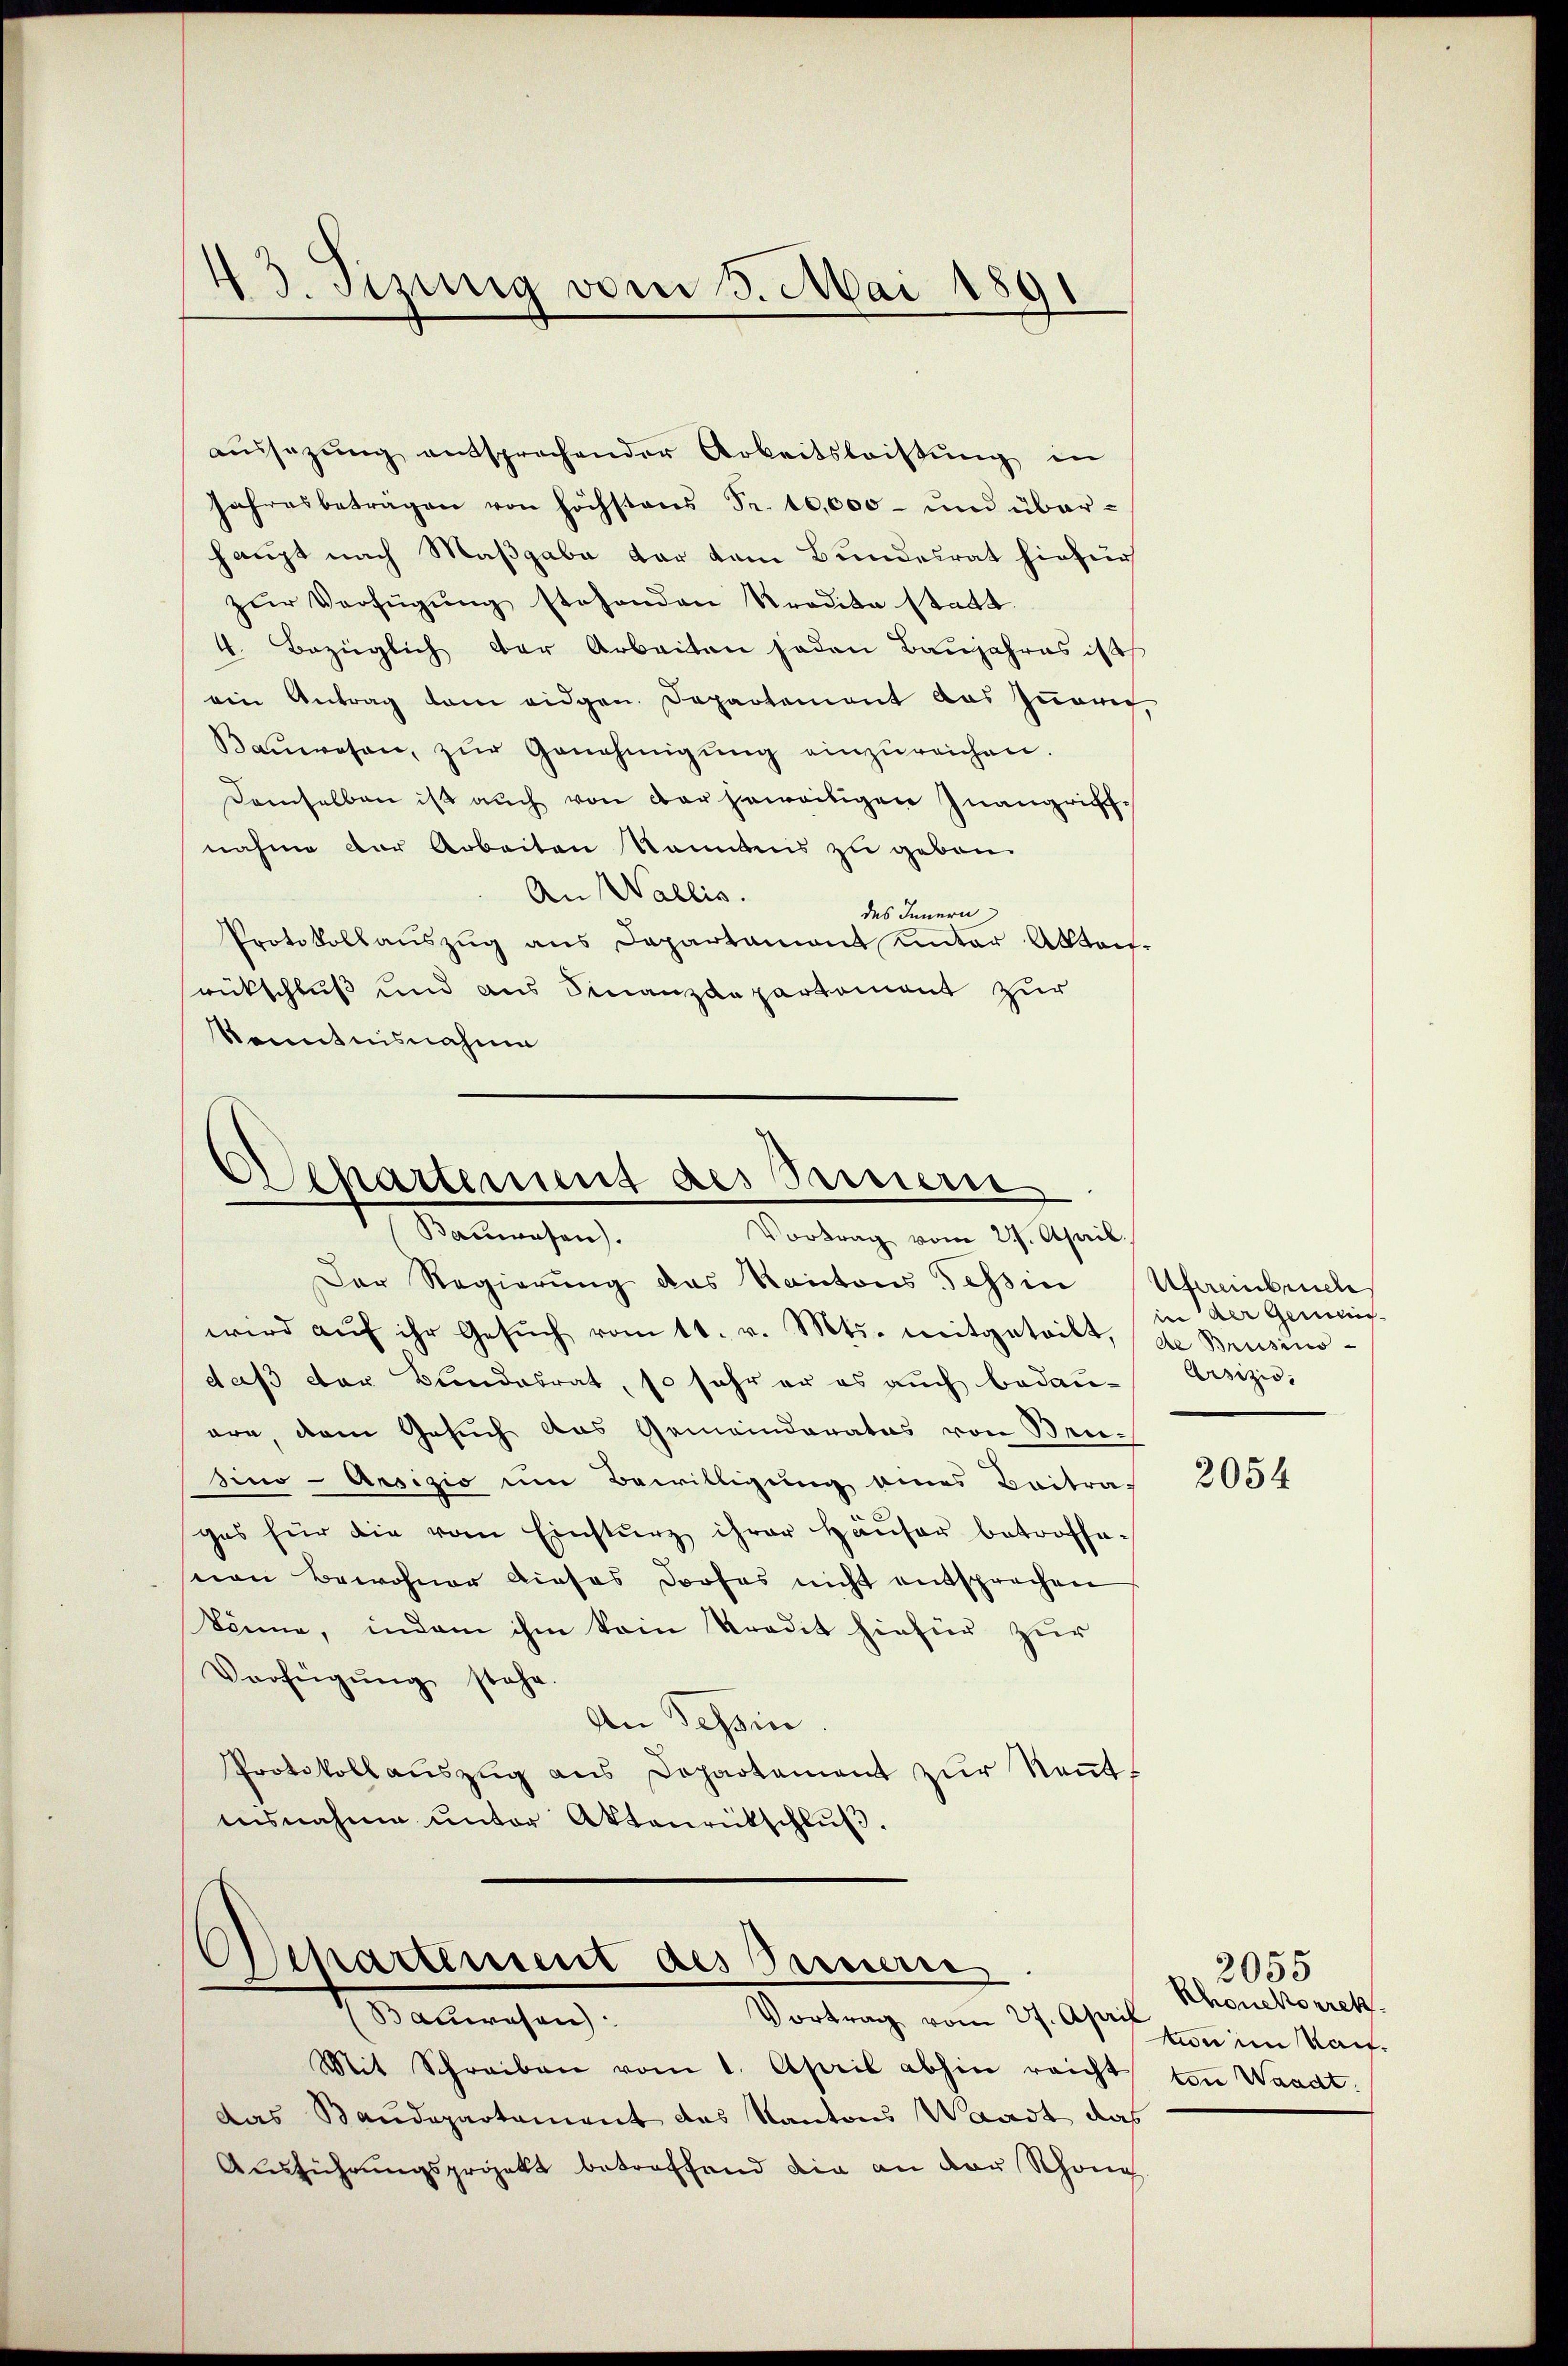
43. Sizung vom 3. Mai 1891

aŭssazŭng entsprechender Arbeitsleistŭng in
Jahresbeträgen von höchstens Fr. 10,000 - und überhaupt nach Maßgabe der dem Bundesrat hiefür
zŭr Verfügung stehenden Kredita statt.
4. Bezüglich der Arbeiten jeden Baŭjahres ist
ein Antrag dem eidgen. Departement das Zŭarig,
Baŭwesen, zŭr Genehmigŭng einzŭreichen.
Demselben ist auch von der geweitigen Inangrifnahme der Arbeiten kanntnis zu geben.
An Wallis.
des Innern
Protokollaŭszŭg ans Departament unter Abtaif-
rückschluß und aus Finanzdepartement zur
Kenntnisnahme

Departement des Sauern
Bauwesen.
Vortrag vom 27. April.

Der Regierung das Kantons Tessin Uhainbundes
wird aŭf ihr Gesŭch vom 11. v. Mts. mitgeteilt, de Brüsino-
daß der Bundesrat, so sehr er es auch bedau-
ern, dem Gesuch das Gemeinderates von Sensino-Arsizio um Bewilligung eines Beitrages für die vom Einsturz ihrer Häŭser betroffe-
snen Bewohner dieses Profes nicht entsprechen
könne, indem ihm kein Kredit hiefür zur
Verfügŭng stehe.
An Tessin.
Protokoll aŭszŭg ans Departement zŭr Keṅt-
ensnahme ŭnter Aktenrütschlŭβ.

Achartement des Bernern
Nachmachen
Vortrag vom 27. April

Mit Schreiben vom 1. April abhin reicht von Waadt.
das Baudepartament das Kantons Waadt das
Ausführungsprojekt betreffend die an der Schöne

in der Gemein-
Arsizio,

2054

Rhonekorrek
Aun im Kauf¬

2055